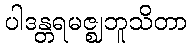
ပါဒန္တရမဇ္ဈဘူသိတာ